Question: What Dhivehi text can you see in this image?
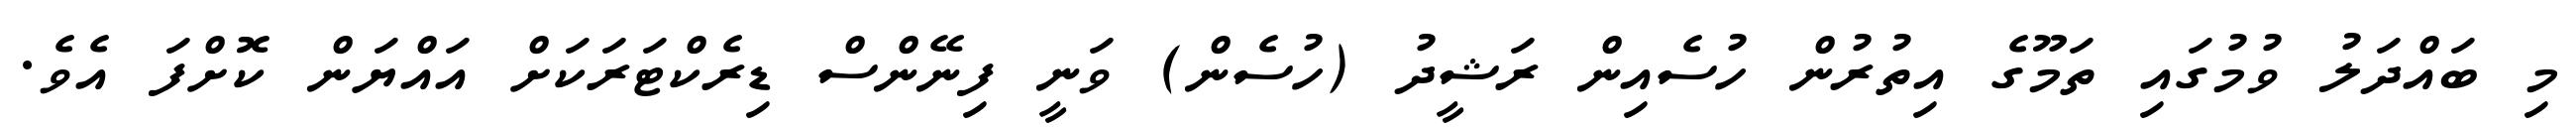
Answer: މި ބައްދަލު ވުމުގައި ތަމޫގެ އިތުރުން ހުސެއިން ރަޝީދު (ހުސެން) ވަނީ ފިނޭންސް ޑިރެކްޓަރަކަށް އައްޔަން ކޮށްފަ އެވެ.